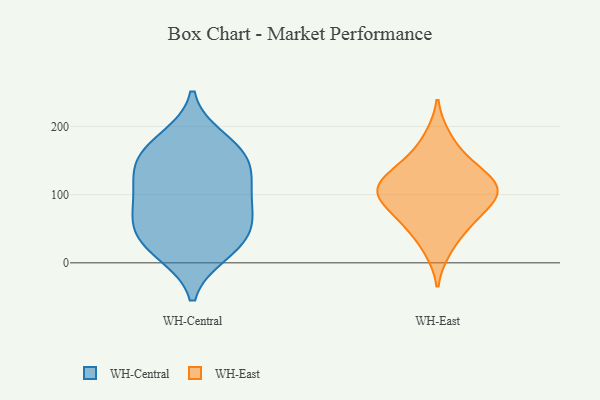
{"axis": {"x": "Revenue (USD Million)", "y": "Value"}, "legend": ["WH-Central", "WH-East"], "data": [{"x": "", "y": 78, "type": "WH-Central"}, {"x": "", "y": 63, "type": "WH-Central"}, {"x": "", "y": 76, "type": "WH-Central"}, {"x": "", "y": 158, "type": "WH-Central"}, {"x": "", "y": 116, "type": "WH-Central"}, {"x": "", "y": 22, "type": "WH-Central"}, {"x": "", "y": 115, "type": "WH-Central"}, {"x": "", "y": 123, "type": "WH-Central"}, {"x": "", "y": 181, "type": "WH-Central"}, {"x": "", "y": 32, "type": "WH-Central"}, {"x": "", "y": 48, "type": "WH-Central"}, {"x": "", "y": 156, "type": "WH-Central"}, {"x": "", "y": 15, "type": "WH-Central"}, {"x": "", "y": 163, "type": "WH-Central"}, {"x": "", "y": 105, "type": "WH-East"}, {"x": "", "y": 63, "type": "WH-East"}, {"x": "", "y": 122, "type": "WH-East"}, {"x": "", "y": 124, "type": "WH-East"}, {"x": "", "y": 110, "type": "WH-East"}, {"x": "", "y": 18, "type": "WH-East"}, {"x": "", "y": 98, "type": "WH-East"}, {"x": "", "y": 97, "type": "WH-East"}, {"x": "", "y": 95, "type": "WH-East"}, {"x": "", "y": 186, "type": "WH-East"}, {"x": "", "y": 51, "type": "WH-East"}, {"x": "", "y": 150, "type": "WH-East"}, {"x": "", "y": 145, "type": "WH-East"}, {"x": "", "y": 67, "type": "WH-East"}]}